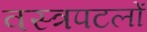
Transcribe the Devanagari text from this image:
वस्त्रपटलों